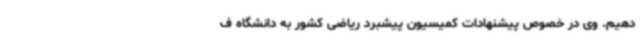
دهیم. وی در خصوص پیشنهادات کمیسیون پیشبرد ریاضی کشور به دانشگاه ف